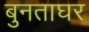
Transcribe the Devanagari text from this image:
बुनताघर